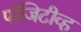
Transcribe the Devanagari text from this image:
पॉजिटीव्ह